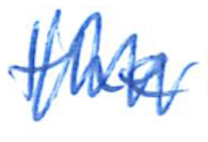
Text: the
Cross-out: zig-zag
Writing tool: ballpoint